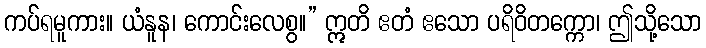
ကပ်ရမူကား။ ယံနူန၊ ကောင်းလေစွ။” ဣတိ ဧတံ ဧသော ပရိဝိတက္ကော၊ ဤသို့သော